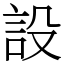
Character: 設